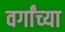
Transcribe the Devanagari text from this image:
वर्गांच्‍या